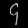
Digit: ၄